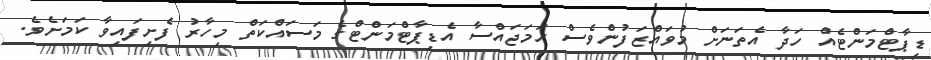
ޑިޕާޓްމަންޓެއް ހަދާ އެތަނަށް މުވައްޒަފުންވެސް ހަމަޖައްސާ އެޑިޕާޓްމަންޓްގެ މަސައްކަތް މިހާރު ފެށިފައިވާ ކަމަށެވެ.